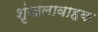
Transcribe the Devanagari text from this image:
शृंखलावाहक